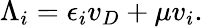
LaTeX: \Lambda_{i}=\epsilon_{i}v_{D}+\mu v_{i}.